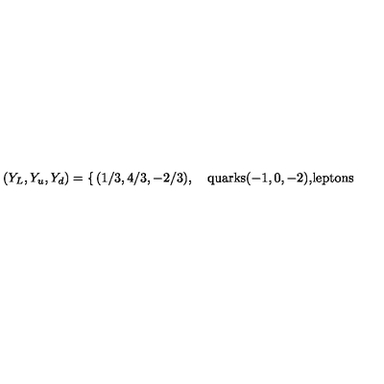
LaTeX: ( Y _ { L } , Y _ { u } , Y _ { d } ) = \left\{ \begin{matrix} { ( 1 / 3 , 4 / 3 , - 2 / 3 ) , \quad } & { \mathrm { q u a r k s } \hfill } \\ { } & { } \\ { ( - 1 , 0 , - 2 ) , } & { \mathrm { l e p t o n s } } \\ \end{matrix} \right.